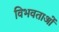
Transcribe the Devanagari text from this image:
विभवताओं